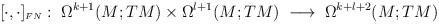
LaTeX: \begin{align*}[\cdot,\cdot]_{\scriptscriptstyle FN}: \; \Omega^{k+1}(M;TM)\times\Omega^{l+1}(M;TM)\; \longrightarrow \; \Omega^{k+l+2}(M;TM)\end{align*}